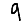
Digit: 9